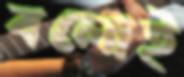
বলোই